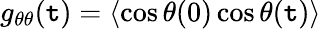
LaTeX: g_{\theta\theta}(\mathtt{t})=\langle\cos\theta(0)\cos\theta(\mathtt{t})\rangle